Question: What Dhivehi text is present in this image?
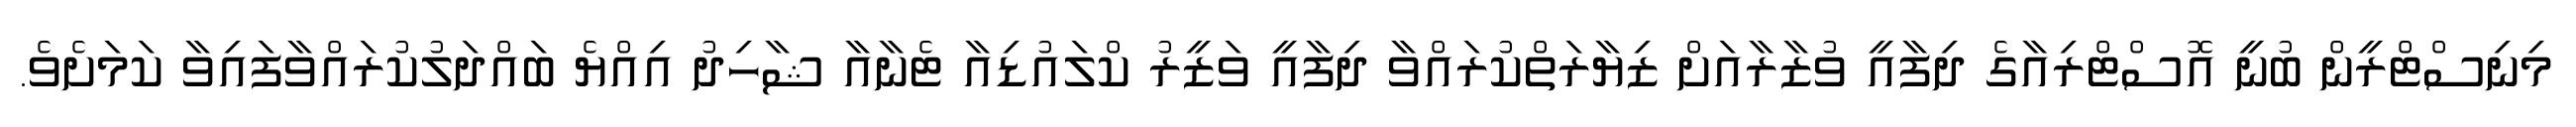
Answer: މިނިސްޓްރީން ބުނީ އޮސްޓްރިއާގެ ދިފާއީ ވުޒާރާއަށް ޒިޔާރަތްކުރައްވާ ދިފާއީ ވަޒީރު ކްލައުޑިއާ ޓެނާއާ ޝާހިދު އިއްޔެ ބައްދަލުކުރައްވާފައިވާ ކަމަށެވެ.